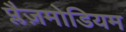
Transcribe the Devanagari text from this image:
प्लैज़मोडियम